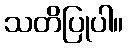
သတိပြုပါ။